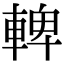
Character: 䡟